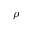
\rho